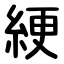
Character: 綆